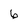
Character: 6